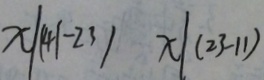
x / ( 4 1 - 2 3 ) x / ( 2 3 - 1 1 )